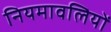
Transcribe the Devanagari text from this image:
नियमावलियों